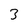
Character: 3